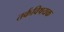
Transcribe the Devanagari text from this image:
तर्कविषयक